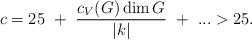
LaTeX: \begin{align*}c=25~+~{c_V(G)\dim G\over|k|}~+~...>25.\end{align*}